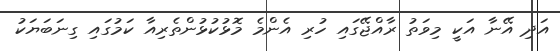
އަދި އޭނާ އަކީ މިވަތު ރާއްޖޭގައި ހުރި އެންމެ މޮޅުކުޅުންތެރިއާ ކަމުގައި ގިނަބަޔަކު